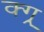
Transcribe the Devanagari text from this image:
क्ग्र्